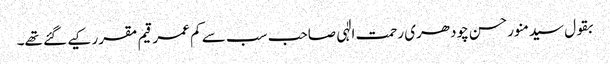
بقول سیدمنورحسن چودھری رحمت الٰہی صاحب سب سے کم عمر قیم مقرر کیے گئے تھے۔